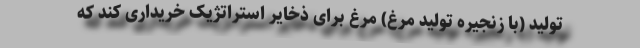
تولید (با زنجیره تولید مرغ) مرغ برای ذخایر استراتژیک خریداری کند که